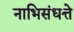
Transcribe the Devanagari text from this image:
नाभिसंधत्ते